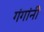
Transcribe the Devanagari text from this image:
गंगांनी